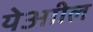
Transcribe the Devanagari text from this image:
येआील